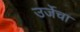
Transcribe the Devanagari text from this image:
उर्जेचा